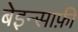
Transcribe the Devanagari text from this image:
बेइन्साफ़ी